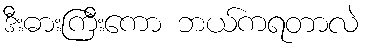
ဒီးဓားကြီးကော ဘယ်ကရတာလဲ